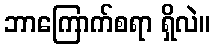
ဘာကြောက်စရာ ရှိလဲ။